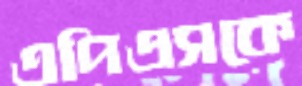
এপিএসকে